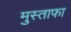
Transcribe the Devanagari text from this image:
मुस्ताफा